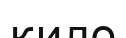
кило